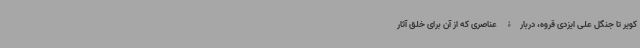
کویر تا جنگل علی ایزدی قروه، دربارۀ عناصری که از آن برای خلق آثار